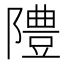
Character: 𨼷